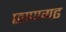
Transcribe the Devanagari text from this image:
छाणगढ